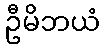
ဦမိဘယံ